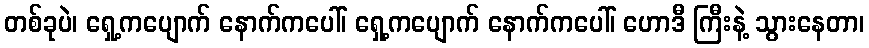
တစ်ခုပဲ၊ ရှေ့ကပျောက် နောက်ကပေါ်၊ ရှေ့ကပျောက် နောက်ကပေါ်၊ ဟောဒီ ကြီးနဲ့ သွားနေတာ၊